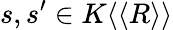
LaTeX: s,s^{\prime}\in K\langle\langle R\rangle\rangle